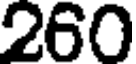
260